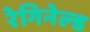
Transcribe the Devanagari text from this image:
रेगिनेल्‍ड